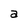
Character: a